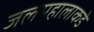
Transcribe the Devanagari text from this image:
जलमहालाकडे